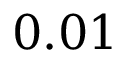
0 . 0 1